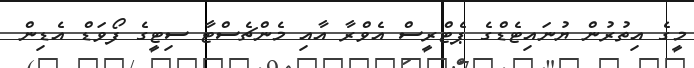
މީގެ އިތުރުން ޔުނައިޓެޑްގެ ޕެޓްރީސް އެވްރާ އާއި މެންޗެސްޓާ ސިޓީގެ ފޯވަޑް އެޑިން